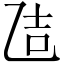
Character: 𪜒